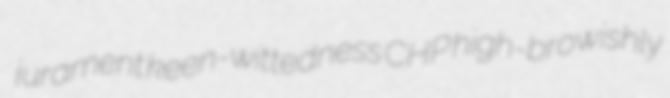
jurament keen-wittedness CHP high-browishly